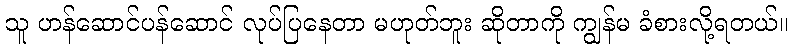
သူ ဟန်ဆောင်ပန်ဆောင် လုပ်ပြနေတာ မဟုတ်ဘူး ဆိုတာကို ကျွန်မ ခံစားလို့ရတယ်။